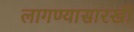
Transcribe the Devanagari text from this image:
लागण्यासारखी